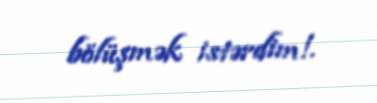
bölüşmək istərdim!.